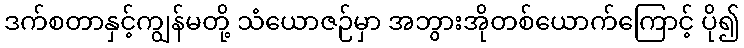
ဒက်စတာနှင့်ကျွန်မတို့ သံယောဇဉ်မှာ အဘွားအိုတစ်ယောက်ကြောင့် ပို၍